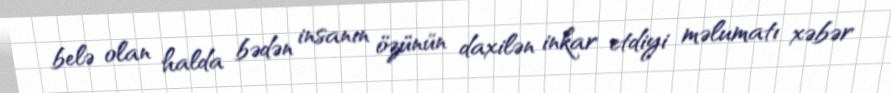
belə olan halda bədən insanın özünün daxilən inkar etdiyi məlumatı xəbər